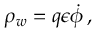
\rho _ { w } = q \epsilon { \dot { \phi } } \, ,